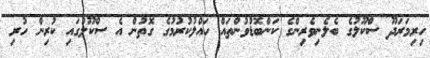
ހިރިމަރަދޫ ސްކޫލުގެ ބެލެނިވެރިންގެ ކަންބޮޑުވުންތައް ހައްލުކުރުމުގެ ގޮތުން އެ ސްކޫލުގައި ކުރިން ހުރި